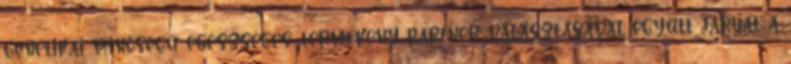
genetikai minőségű egészséges, termékeny partner választásával együtt járhat a